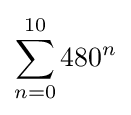
\sum _{n=0}^{10}{480}^{n}